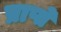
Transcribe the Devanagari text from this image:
प्राप्ते